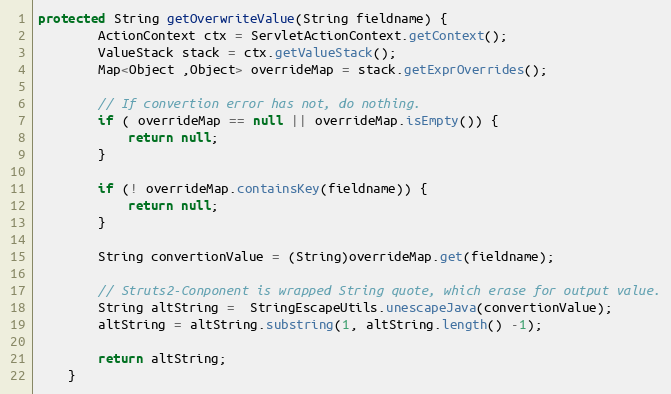
Language: Java
protected String getOverwriteValue(String fieldname) {
		ActionContext ctx = ServletActionContext.getContext();
		ValueStack stack = ctx.getValueStack();
		Map<Object ,Object> overrideMap = stack.getExprOverrides();

		// If convertion error has not, do nothing.
		if ( overrideMap == null || overrideMap.isEmpty()) {
			return null;
		}

		if (! overrideMap.containsKey(fieldname)) {
			return null;
		}

		String convertionValue = (String)overrideMap.get(fieldname);

		// Struts2-Conponent is wrapped String quote, which erase for output value.
		String altString =  StringEscapeUtils.unescapeJava(convertionValue);
		altString = altString.substring(1, altString.length() -1);

		return altString;
	}